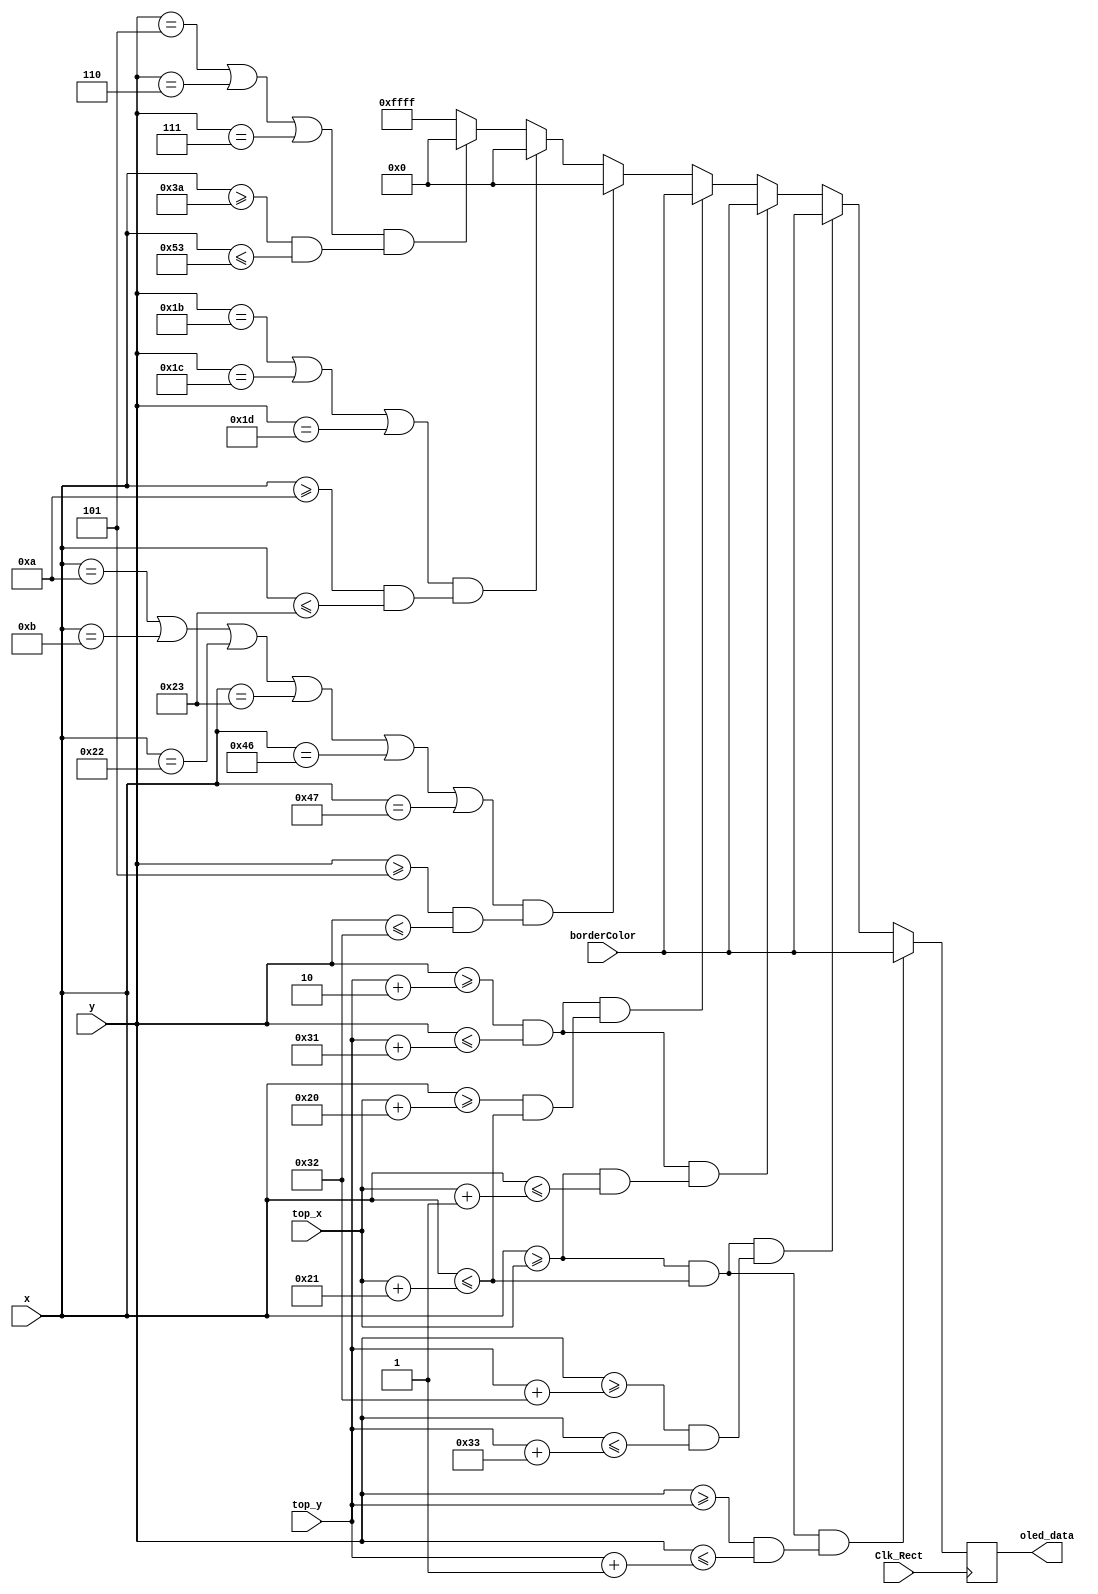
`timescale 1ns / 1ps
//////////////////////////////////////////////////////////////////////////////////
// Company: 
// Engineer: 
// 
// Design Name: 
// Module Name: rectangle
// Project Name: 
// Target Devices: 
// Tool Versions: 
// Description: 
// 
// Dependencies: 
// 
// Revision:
// Revision 0.01 - File Created
// Additional Comments:
// 
//////////////////////////////////////////////////////////////////////////////////


module rectangle_With_Alphabets(
    input Clk_Rect,
    input [7:0] x,
    input [6:0] y,
    input [15:0] borderColor,
    input [7:0] top_x,
    input [6:0] top_y,
    output reg [15:0] oled_data);
    
    always @ (posedge Clk_Rect)
    begin
    
    if ((x >= top_x && x <= (top_x + 33)) && (y >= top_y && y <= (top_y + 1))) 
            begin
                oled_data <= borderColor;
            end
            
    else if ((x >= top_x && x <= (top_x + 33)) && (y >= (top_y + 50) && y <= (top_y + 51))) 
           begin
               oled_data <= borderColor;
           end
               
    else if (( y >= (top_y + 2) && y <= (top_y + 49)) && (x >= top_x  && x <= (top_x + 1)))
            begin
                oled_data <= borderColor;
            end

    else if (( y >= (top_y + 2) && y <= (top_y + 49)) && (x >= (top_x + 32) && x <= (top_x + 33)))
            begin
                oled_data <= borderColor;
            end
    
     //Vertical Lines
    else if ((x == 10 || x == 11 || x == 34 || x == 35 || x == 70 || x == 71 ) && (y >= 5 && y <=50))
        begin
            oled_data <= 16'b0; // black
        end
               
               //Horizontal Lines for H
    else if ((y == 27 || y == 28 || y == 29 ) && (x >= 10 && x <=35))
        begin
            oled_data <= 16'b0; // black
        end
               
               //Horizontal lines for T
    else if ((y == 5 || y == 6 || y == 7 ) && (x >= 58 && x <=83))
        begin
            oled_data <= 16'b0; // black
        end
        
    else
        begin
            oled_data <= 16'b11111_111111_11111;
        end
    
    end
endmodule